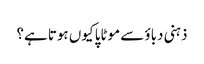
ذہنی دباؤ سے موٹاپا کیوں ہوتا ہے؟